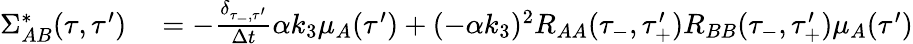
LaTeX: \begin{array}{rl}{\Sigma_{AB}^{*}(\tau,\tau^{\prime})}&{{}=-\frac{\delta_{\tau_{-},\tau^{\prime}}}{\Delta t}\alpha k_{3}\mu_{A}(\tau^{\prime})+(-\alpha k_{3})^{2}R_{AA}(\tau_{-},\tau_{+}^{\prime})R_{BB}(\tau_{-},\tau_{+}^{\prime})\mu_{A}(\tau^{\prime})}\end{array}